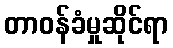
တာဝန်ခံမှုဆိုင်ရာ